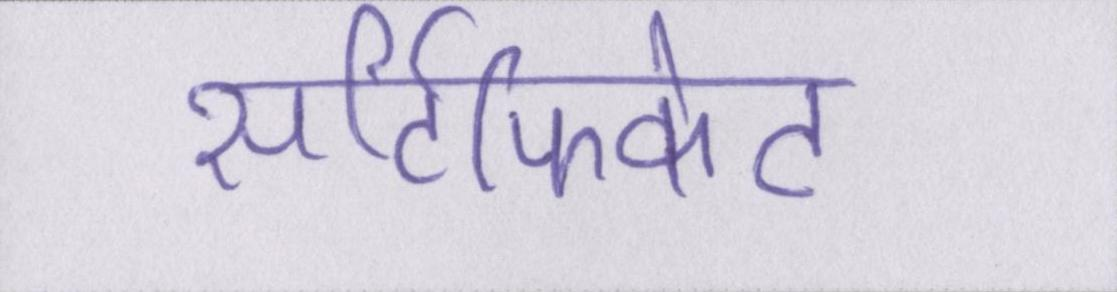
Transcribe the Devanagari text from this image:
सर्टिफिकेट